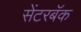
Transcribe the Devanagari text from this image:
सेंटरबॅक